Senior Leaving Certificate Examination (including Day School Certificate (Higher) General paper), 1949
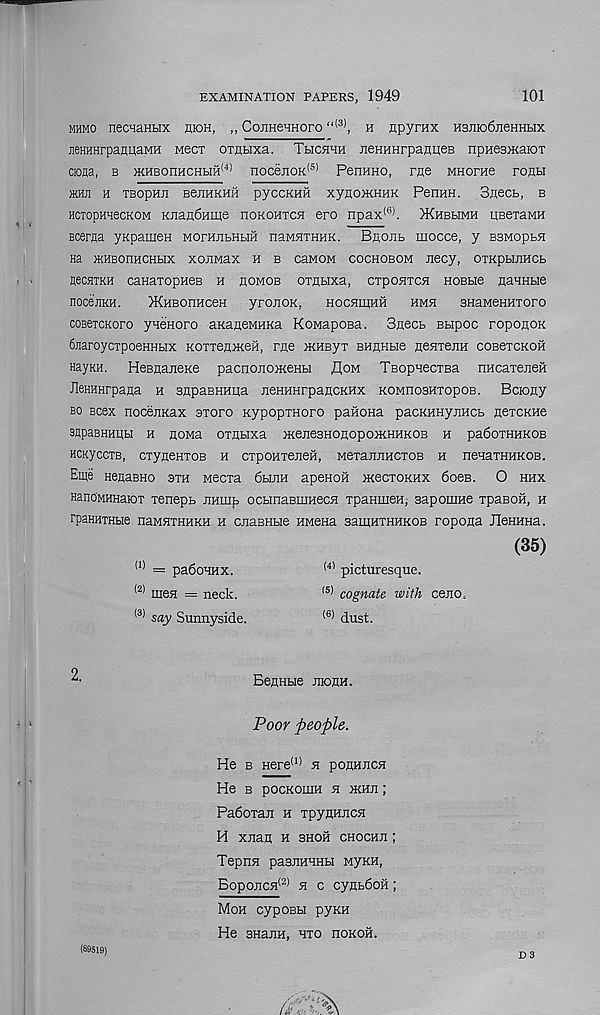
EXAMINATION PAPERS, 1949
101
MHMO neCTaHHX HIGH, ,, CojIHeHHOrO “ (3) , H npyrax H3JIIo6jieHHbIX
jieHHHrpanuaMH Mecx oxiitixa. Thchth jieHHHrpanueB npHesmaiOT
ciona, b >KHBonHCHHH <4) nocejioK (s) PenHHO, rue MHorne ronti
JKHJI H TBOpHJl BeHHKHH pyCCKHH XyHOIKHHK PenHH. SjieCb, B
HciopmecKOM KJiaa6Hme noKOHTCH ero npax (6) . JKhbbimh UBexaMH
Bceraa ynpameH MonuibHHH naMHXHHK. Beojib mocce, y bbmopbh
Ha KHBOnHCHbIX XOEMaX H B CEMOM COCHOBOM JIBCy, OXKpbUIHCb
necHXKH canaxopHeB h eomob oxnbixa, cxp053xc5i HOBbie flaHHbie
noce'jiKH.
>KHBonHceH yronoK,
hochiiihh hmh BHaMenHxoro
coBexcKoro yneHoro aKaaeMHKa KoMaposa. Snecb Bbipoc ropoEOK
6naroycxpoeHHbix KoxxeEiKeH, rfle iKHByx BHflHbie HenxeEH cosexcKOH
HayKH. HesEaneKe pacnoEoxienbi floM TBopHecxsa nHcaxeReii
JleHHHrpaEa h sflpaBHHiia EeHHHrpaECKHx KOMnosHxopoB. BciOEy
bo Bcex noceiiKax sxoro KypopxHoro paHona pacKHnyEHCb eoxckhs
BnpaBHHIIbl H EOMa OXEblXa meEeBHOEOpOXIHHKOB H pa6oXHHKOB
HOKyccxB, cxyBeHxoB h cxpoHxeEeH, MexaEEHexoB h nenaxHHKOB.
Eme HSEaBHo sxh necxa 6binH apenon xiecxoRHx 6oeB. 0 hhx
Hano'MHHaiox xenepb mmib ocbinaBuiHeca xpaHmen, sapoiiiHe xpaBOH, h
rpaHHXHbie naMHXHHKH h CEaenbie HMena sauiHXHHKOB roposa JleHHna.
(35)
(4 ' picturesque.
(5) cognate with ceuo.
(6) dust.
(1) = padoHHX.
(2) men = neck.
(3) say Sunnyside.
BeEHbie jiioeh.
Poor people.
He b Here (1) h poehech
He b pocKomn h ymn;
Padoxan h xpyflHEca
H XJiaE H 3H0H choche ;
TepHE paSEHHHH MyKH,
BopoECH (2) e c cyEbdoH;
(89519)
Moh cypoBH pyKH
He 3HaEH, HXO HOKOH.
D 3